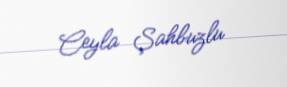
Ceyla Şahbuzlu